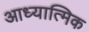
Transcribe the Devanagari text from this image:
आध्‍यात्मिक